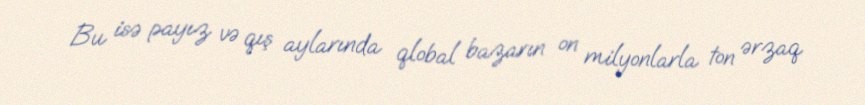
Bu isə payız və qış aylarında qlobal bazarın on milyonlarla ton ərzaq